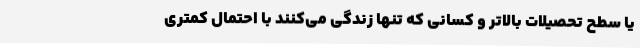
یا سطح تحصیلات بالاتر و کسانی که تنها زندگی می‌کنند با احتمال کمتری